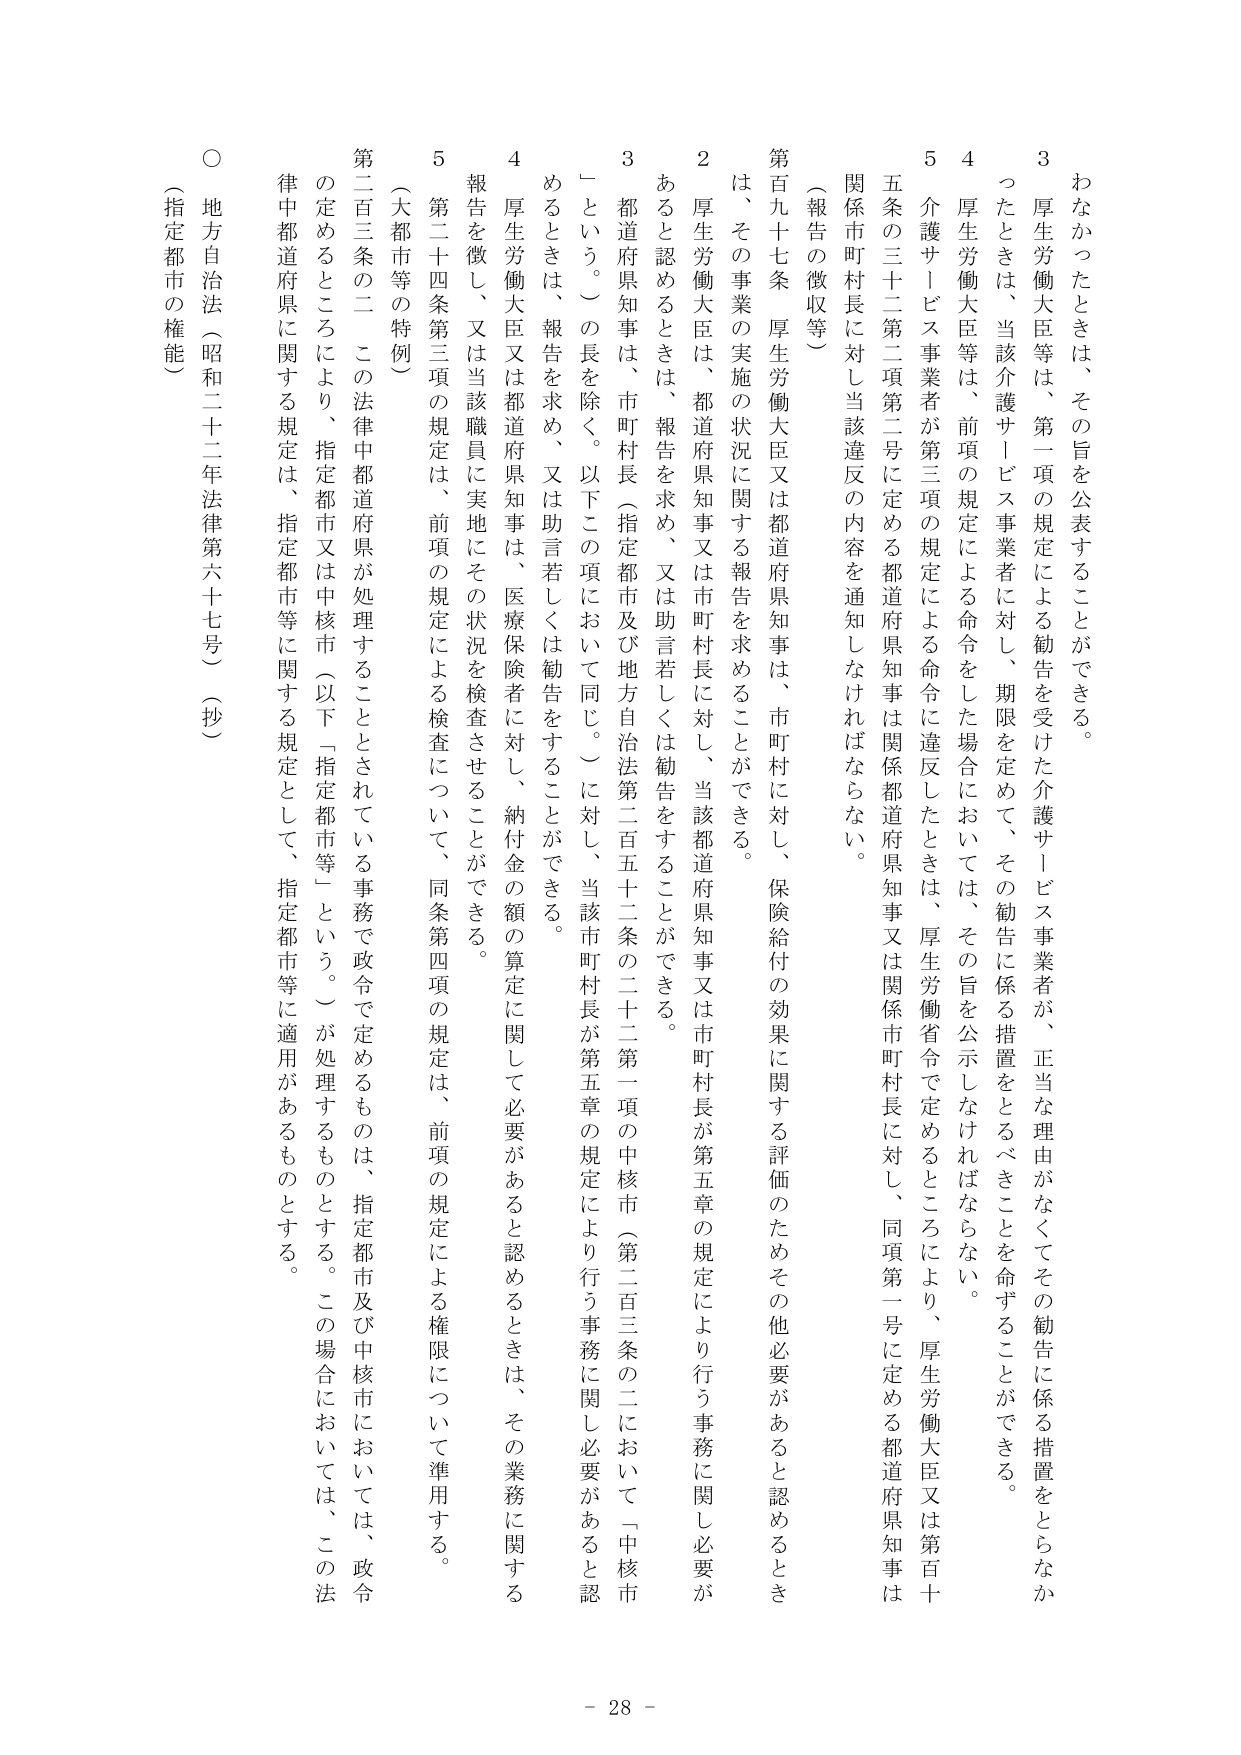
わなかったときは、その旨を公表することができる。

3 厚生労働大臣等は、第一項の規定による勧告を受けた介護サービス事業者が、正当な理由がなくてその勧告に係る措置をとらなかったときは、当該介護サービス事業者に対し、期限を定めて、その勧告に係る措置をとるべきことを命ずることができる。

4 厚生労働大臣等は、前項の規定による命令をした場合においては、その旨を公示しなければならない。

5 介護サービス事業者が第三項の規定による命令に違反したときは、厚生労働大臣又は第百十五条の三十二第二項第二号に定める都道府県知事は関係都道府県知事又は関係市町村長に対し、同項第一号に定める都道府県知事は関係市町村長に対し当該違反の内容を通知しなければならない。

（報告の徴収等）

第百九十七条 厚生労働大臣又は都道府県知事は、市町村に対し、保険給付の効果に関する評価のためその他必要があると認めるときは、その事業の実施の状況に関する報告を求めることができる。

2 厚生労働大臣は、都道府県知事又は市町村長に対し、当該都道府県知事又は市町村長が第五章の規定により行う事務に関し必要があると認めるときは、報告を求め、又は助言若しくは勧告をすることができる。

3 都道府県知事は、市町村長（指定都市及び地方自治法第二百五十二条の二十二第一項の中核市（第二百三条の二において「中核市」という。）の長を除く。以下この項において同じ。）に対し、当該市町村長が第五章の規定により行う事務に関し必要があると認めるときは、報告を求め、又は助言若しくは勧告をすることができる。

4 厚生労働大臣又は都道府県知事は、医療保険者に対し、納付金の額の算定に関して必要があると認めるときは、その業務に関する報告を徴し、又は当該職員に実地にその状況を検査させることができる。

5 第二十四条第三項の規定は、前項の規定による検査について、同条第四項の規定は、前項の規定による権限について準用する。

（大都市等の特例）

第二百三条の二 この法律中都道府県が処理することとされている事務で政令で定めるものは、指定都市及び中核市においては、政令の定めるところにより、指定都市又は中核市（以下「指定都市等」という。）が処理するものとする。この場合においては、この法律中都道府県に関する規定は、指定都市等に関する規定として、指定都市等に適用があるものとする。

○ 地方自治法（昭和二十二年法律第六十七号）（抄）

（指定都市の権能）

- 28 -